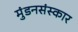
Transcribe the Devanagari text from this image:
मुंडनसंस्कार